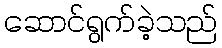
ဆောင်ရွက်ခဲ့သည်